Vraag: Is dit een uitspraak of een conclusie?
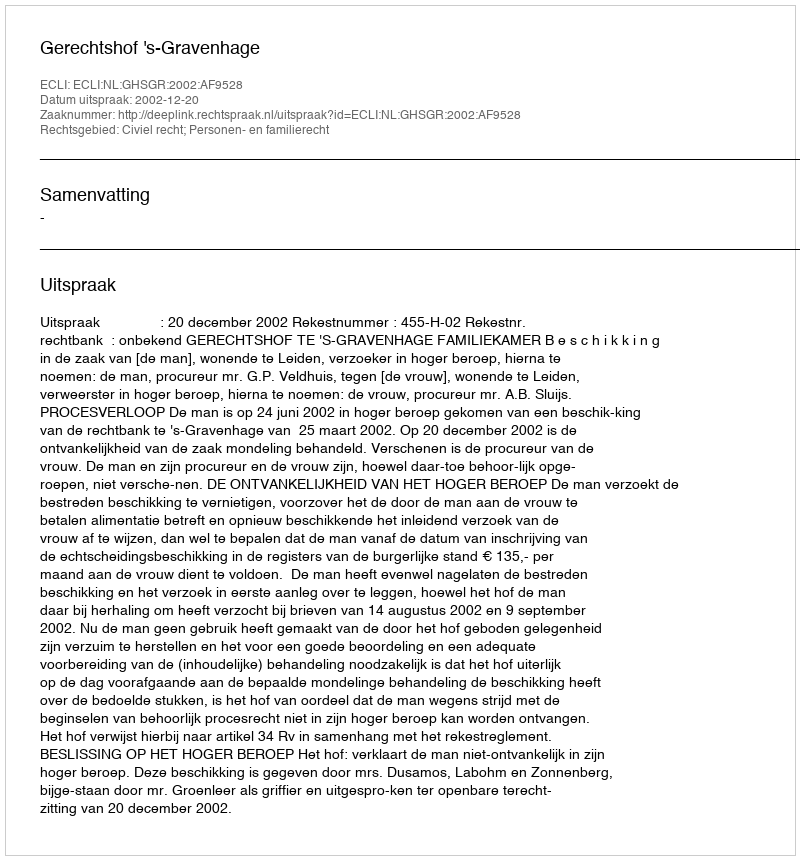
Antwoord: Uitspraak